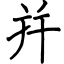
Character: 幷